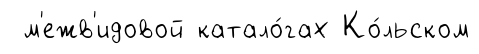
м'ежв'идовой катало́гах Ко́льском